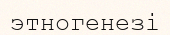
этногенезі